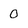
Character: 0